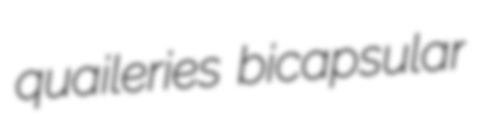
quaileries bicapsular